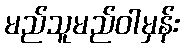
မည်သူမည်ဝါမှန်း